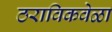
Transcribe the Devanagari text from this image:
ठराविकवेळा